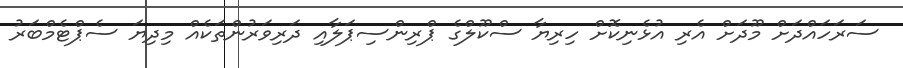
ސަރަހައްދަށް މޫދަށް އެރި އުޅެނިކޮށް ހިރިޔާ ސްކޫލްގެ ޕްރިންސިޕަލާއި ދަރިވަރުންތަކެއް މިދިޔަ ސެޕްޓެމްބަރު